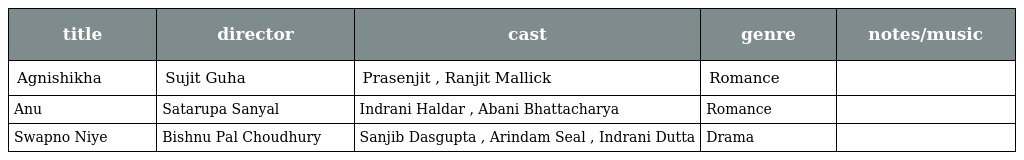
| title | director | cast | genre | notes/music |
 | --- | --- | --- | --- | --- |
 | Agnishikha | Sujit Guha | Prasenjit , Ranjit Mallick | Romance |  |
 | Anu | Satarupa Sanyal | Indrani Haldar , Abani Bhattacharya | Romance |  |
 | Swapno Niye | Bishnu Pal Choudhury | Sanjib Dasgupta , Arindam Seal , Indrani Dutta | Drama |  |